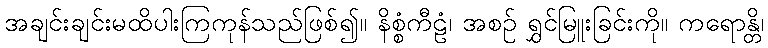
အချင်းချင်းမထိပါးကြကုန်သည်ဖြစ်၍။ နိစ္စံကီဠံ၊ အစဉ် ရွှင်မြူးခြင်းကို။ ကရောန္တိ၊